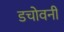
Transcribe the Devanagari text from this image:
डचोवनी